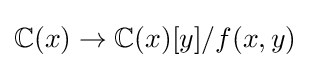
\mathbb {C} (x)\to \mathbb {C} (x)[y]/f(x,y)